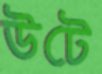
উটে